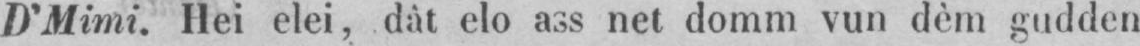
D’Mimi. Hei elei, dât elo ass net domm vun dèm gudden